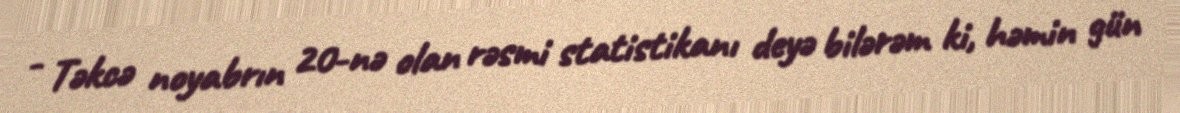
- Təkcə noyabrın 20-nə olan rəsmi statistikanı deyə bilərəm ki, həmin gün